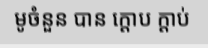
មូចំនួន បាន ក្តោប ក្តាប់